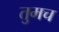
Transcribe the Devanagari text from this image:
तुमच